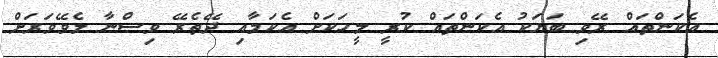
އެކަންތައް ރޭވި ބަޔަކު އެކަންތައް ކުރީ މީހަކަށް އެކަމާއި ދޭތެރޭ ވިސްނާ ލެވޭވަރަށް